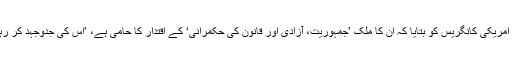
دورے پر آئے ہوئے یوکرینی صدر نے امریکی کانگریس کو بتایا کہ اُن کا ملک ’جمہوریت، آزادی اور قانون کی حکمرانی‘ کے اقتدار کا حامی ہے، ’اس کی جدوجہد کر رہا ہے اور اس کی پاسبانی کرتا رہے گا‘۔